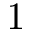
1